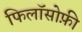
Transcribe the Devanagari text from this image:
फिलॉसोफ़ी